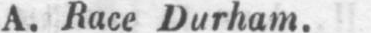
A. Race Durham.